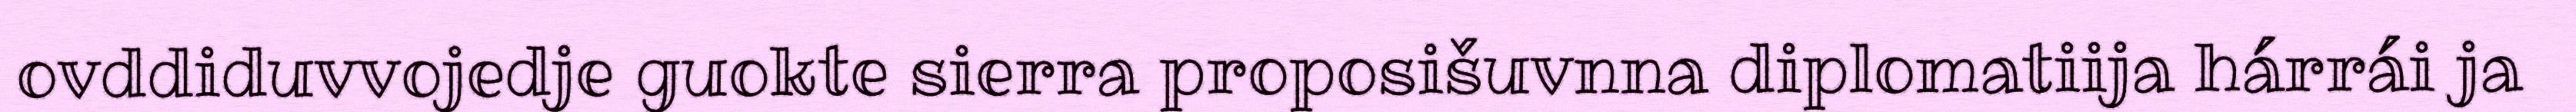
ovddiduvvojedje guokte sierra proposišuvnna diplomatiija hárrái ja